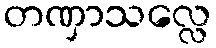
တဏှာသလ္လေ